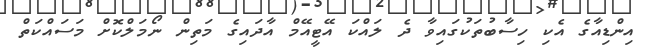
އިންޑިއާގެ އެކި ހިސާބުތަކުގައިވާ ދެ ލައްކަ އޭޓީއޭމް އާދައިގެ މަތިން ނޯމަލްކޮށް މަސައްކަތް